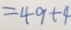
= 4 9 + 4